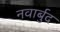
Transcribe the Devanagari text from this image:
नवार्बुद